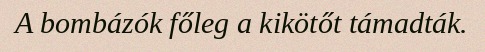
A bombázók főleg a kikötőt támadták.